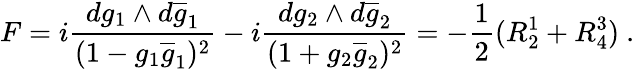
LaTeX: F=i\frac{dg_{1}\wedge d\overline{{{g}}}_{1}}{(1-g_{1}\overline{{{g}}}_{1})^{2}}-i\frac{dg_{2}\wedge d\overline{{{g}}}_{2}}{(1+g_{2}\overline{{{g}}}_{2})^{2}}=-\frac{1}{2}(R_{2}^{1}+R_{4}^{3})~.